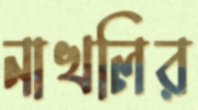
নাখলির